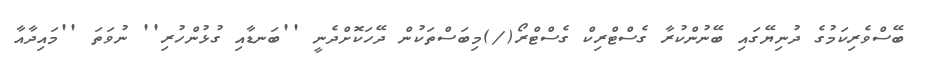
ބޭސްވެރިކަމުގެ ދުނިޔޭގައި ބޭނުންކުރާ ގެސްޓްރިކް ގެސްޓްރޯ(/)މިބަސްތަކުން ދޭހަކޮށްދެނީ ''ބަނޑާއި ގުޅުންހުރި'' ނުވަތަ ''މައިދާއާ